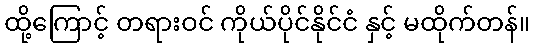
ထို့ကြောင့် တရားဝင် ကိုယ်ပိုင်နိုင်ငံ နှင့် မထိုက်တန်။